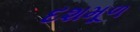
દશમૂળ